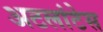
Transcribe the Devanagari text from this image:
अटलांटेस